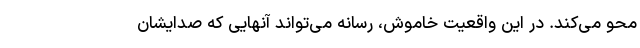
محو می‌کند. در این واقعیت خاموش، رسانه می‌تواند آنهایی که صدایشان